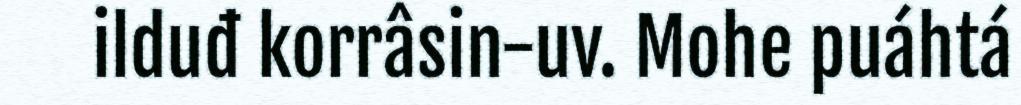
ilduđ korrâsin-uv. Mohe puáhtá